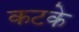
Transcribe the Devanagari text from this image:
कटके